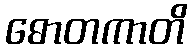
ဓောတကာတိ